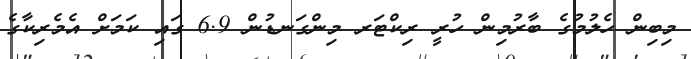
މިބިން ހެލުމުގެ ބާރުމިން ހުރީ ރިކްޓަރ މިންގަނޑުން 6.9 ގައި ކަމަށް އެމެރިކާގެ